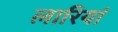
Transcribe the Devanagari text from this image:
लारियां